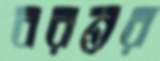
বরন্তর